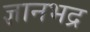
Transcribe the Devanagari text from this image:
ज्ञानभद्र